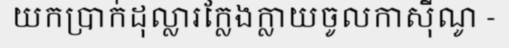
យកប្រាក់ដុល្លារក្លែងក្លាយចូលកាស៊ីណូ -